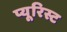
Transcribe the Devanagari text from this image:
प्यूरिस्ट